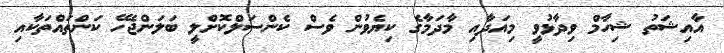
އާއިޝަތު ޝިހާމް ވިދާޅުވީ މިއަދާއި މާދަމާގެ ކިޔެވުން ވެސް ކެންސަލްކޮށްލީ ބަލަންޖެހޭ ކަންތައްތަކާއި